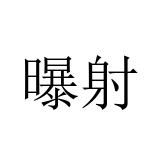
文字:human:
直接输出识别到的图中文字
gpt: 曝射